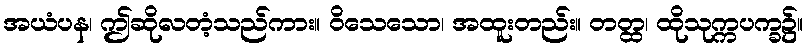
အယံပန၊ ဤဆိုလတံ့သည်ကား။ ဝိသေသော၊ အထူးတည်း။ တတ္ထ၊ ထိုသုက္ကပက္ခ၌။